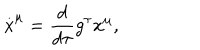
\stackrel { . } { x } ^ { \mu } = \frac { d } { d \tau } g ^ { \tau } x ^ { \mu } ,